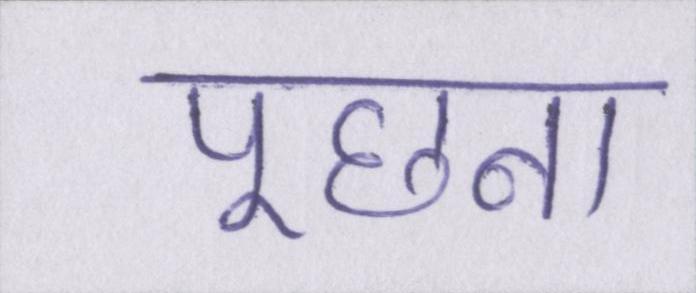
पूछना